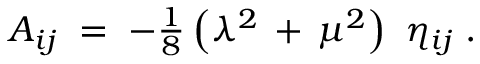
A _ { i j } \; = \; - \textstyle { \frac { 1 } { 8 } } \left( \lambda ^ { 2 } \, + \, \mu ^ { 2 } \right) \ \eta _ { i j } \; .